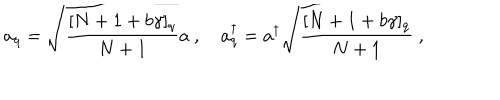
a _ { q } = \sqrt { \frac { [ N + 1 + b \gamma ] _ { q } } { N + 1 } } a ~ , ~ a _ { q } ^ { \dagger } = a ^ { \dagger } \sqrt { \frac { [ N + 1 + b \gamma ] _ { q } } { N + 1 } } ~ ,